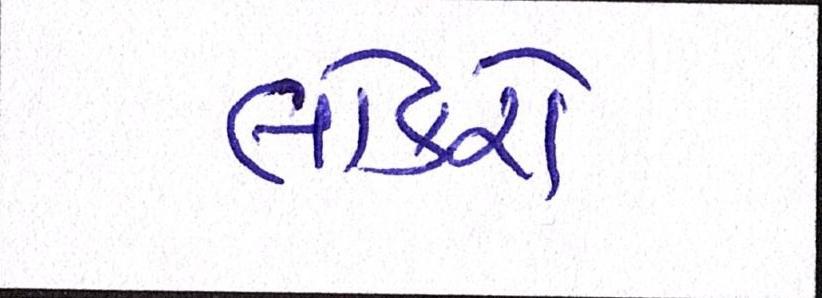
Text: લોકરો